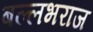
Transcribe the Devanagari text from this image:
बल्लभराज